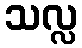
သလ္လ